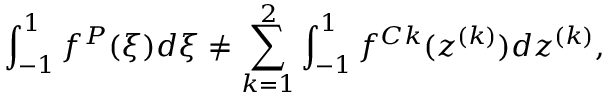
\int _ { - 1 } ^ { 1 } f ^ { P } ( \xi ) d \xi \neq \sum _ { k = 1 } ^ { 2 } \int _ { - 1 } ^ { 1 } f ^ { C k } ( z ^ { ( k ) } ) d z ^ { ( k ) } ,